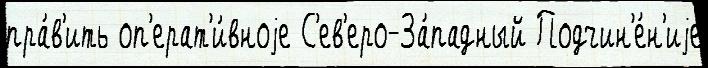
пра́в'ить оп'ерат'и́вноjе С'ев'еро-За́падный Подчин'е́н'иjе